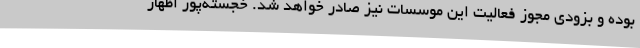
بوده و بزودی مجوز فعالیت این موسسات نیز صادر خواهد شد. خجسته‌پور اظهار